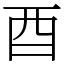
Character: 酉